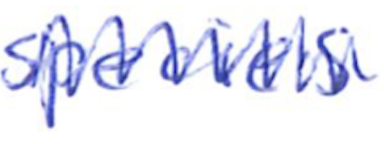
Text: species
Cross-out: zig-zag
Writing tool: ballpoint